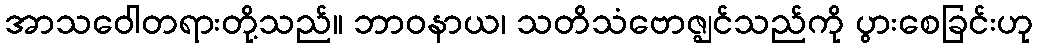
အာသဝေါတရားတို့သည်။ ဘာဝနာယ၊ သတိသံဗောဇ္ဈင်သည်ကို ပွားစေခြင်းဟု